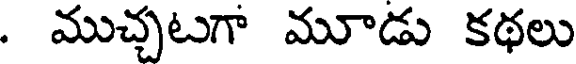
. ముచ్చటగా మూడు కథలు